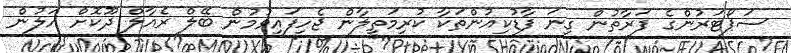
ސަޕޯޓަރުންގެ ފަރާތުން ގިނަ ފާޑުކިއުންތަކާ ކުރިމަތިލާން ޖެހިފައިވުމުން ބޭލް ރެއާލް ދޫކޮށް އަލުން